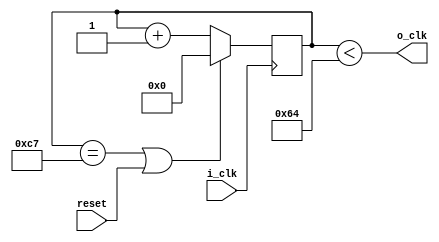
module clk_10_gen
(
    input i_clk,
    input reset,
    output o_clk
);
    reg [7:0] count;
    wire [7:0] CONST_TS;
	wire [7:0] CONST_TON;
    assign CONST_TS = 8'd200;
	assign CONST_TON = CONST_TS / 2;
	
    assign cntrl_ts_last = count == CONST_TS - 1'd1;
    assign cntrl_ton = count < CONST_TON;
    
    always@(posedge i_clk) begin
        if(cntrl_ts_last || reset) begin
            count <= 11'd0;
        end
        else count <= count + 1;
    end

    assign o_clk = cntrl_ton;

endmodule